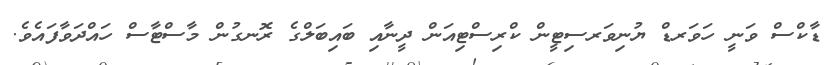
ޑާކްސް ވަނީ ހަވަރޑް ޔުނިވަރސިޓީން ކްރިސްޓިއަން ދީނާއި ބައިބަލްގެ ރޮނގުން މާސްޓާސް ހައްދަވާފައެވެ.